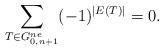
LaTeX: \begin{align*}\sum_{T \in G_{0,n+1}^{ne}} (-1)^{|E(T)|} =0.\end{align*}